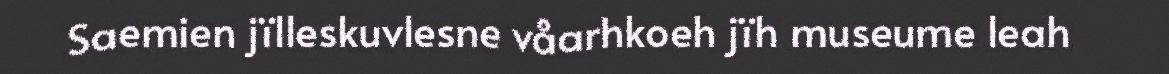
Saemien jïlleskuvlesne våarhkoeh jïh museume leah